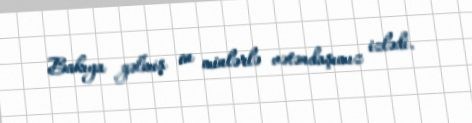
Bakıya gəlmiş on minlərlə vətəndaşımız izlədi.